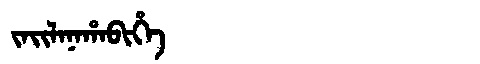
Manchu: ᠵᠠᡳᠯᠠᠨᠠᡥᠠᠪᡳᡥᡝ
Romanization: JAILANAHABIHE